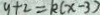
y + 2 = k ( x - 3 )